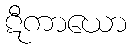
ဋီကာယော